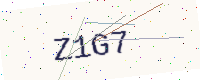
Text: Z1G7